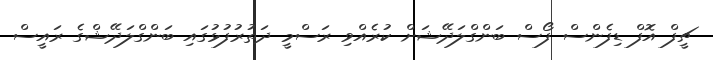
ޗީފް އޮފް ޑިފެންސް ފޯސް ބަންގްލަދޭޝަށް ކުރެއްވި ރަސްމީ ދަތުރުފުޅުގައި ބަންގްލަދޭޝްގެ ރައީސް